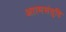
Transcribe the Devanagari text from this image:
आत्मसंतुष्टि